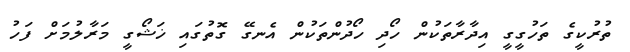
ތުރުކީގެ ތަހުގީގީ އިދާރާތަކުން ހޯދި ހޯދުންތަކުން އެނގޭ ގޮތުގައި ޚަޝޯގީ މަރާލުމަށް ފަހު